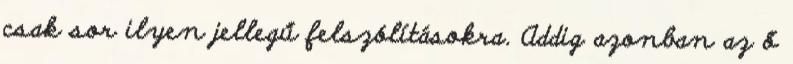
csak sor ilyen jellegű felszólításokra. Addig azonban az ő